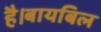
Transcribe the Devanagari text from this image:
है।बायबिल